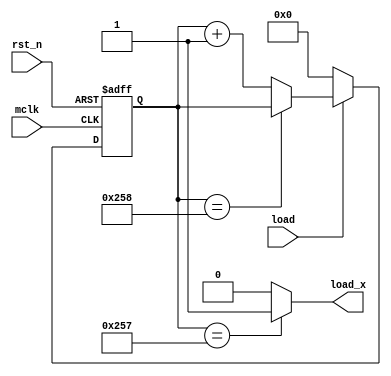
`timescale 1ns / 1ps
//////////////////////////////////////////////////////////////////////////////////
// Company: 
// Engineer: 
// 
// Design Name: 
// Module Name:    key 
// Project Name: 
// Target Devices: 
// Tool versions: 
// Description: 
//
// Dependencies: 
//
// Revision: 
// Revision 0.01 - File Created
// Additional Comments: 
//
//////////////////////////////////////////////////////////////////////////////////
module key(
				input wire mclk, //50mhz
				input wire rst_n,
				input wire load,
				output wire load_x
				);
parameter DURATION = 600;
//key jitter filter
reg[11:0] low_cnt;

	always @(posedge mclk or negedge rst_n)
	begin
	if(!rst_n)
		low_cnt <= 0;
	else
	begin
		if(load == 1'b1)
		begin
		if(low_cnt == DURATION)
			low_cnt <= low_cnt;
		else
			low_cnt <= low_cnt + 1'b1;
		end
		else //load == 1'b0
			low_cnt <= 0;
		end
	end
	assign load_x = (low_cnt == DURATION -1)? 1'b1 : 1'b0;
endmodule